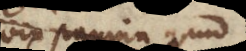
vix pagina